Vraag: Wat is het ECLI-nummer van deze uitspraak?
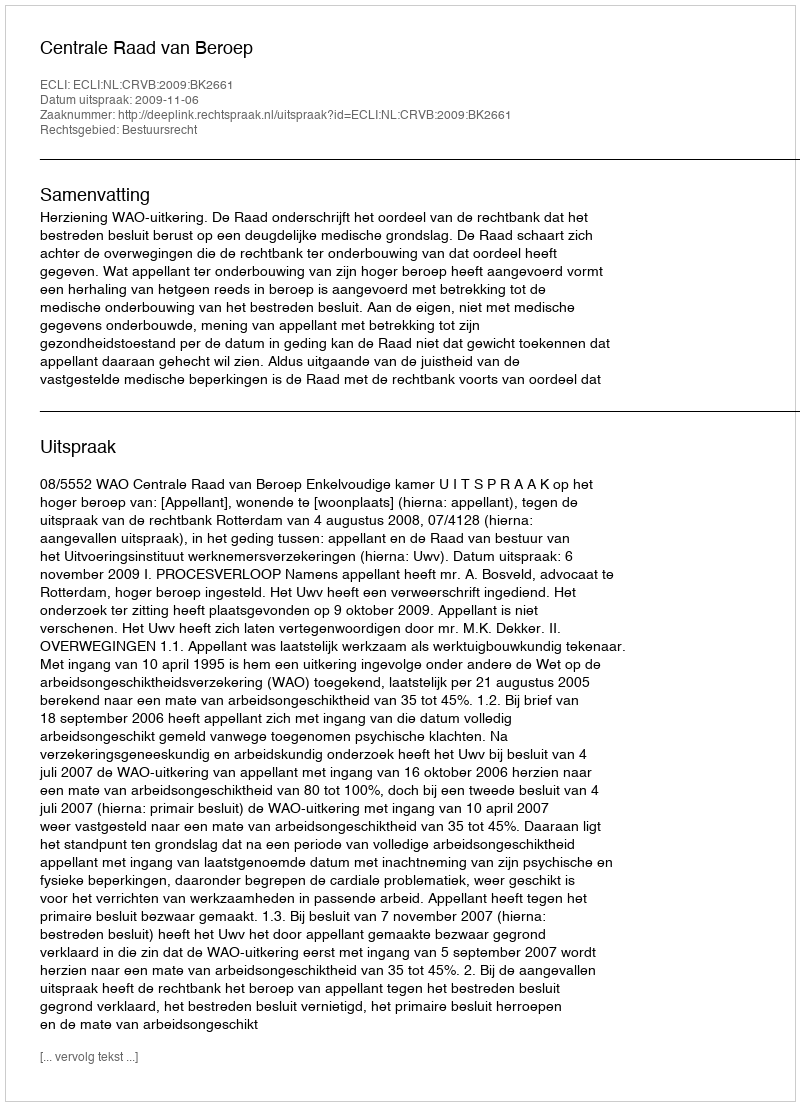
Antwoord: ECLI:NL:CRVB:2009:BK2661